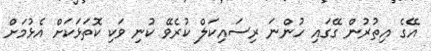
އޭގެ އިތުރުން ގޭގައި ހުންނަ ރިސައިކަލް ކުރެވޭ ކުނި ވަކި ކޮތަޅަކަށް އެޅުމަށް